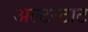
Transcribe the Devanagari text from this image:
अल्टस्टाट